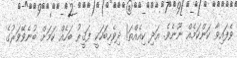
ވެފައިވާ ކަންކަމެއް ނޫނެވެ. އަދި ކިއެއްތަ! ދިވެހިބަހަކީ ފަޤީރު ބަހެއް ކަމަށް ބުނެވޭވަރުގެ